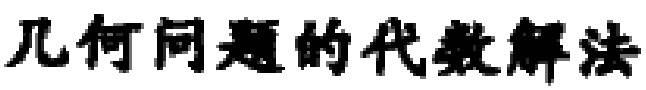
几何问题的代数解法